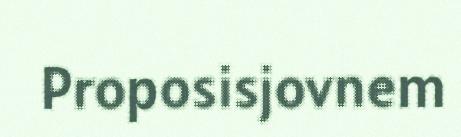
Proposisjovnem